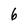
Character: 6